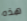
هذه